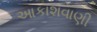
આકાશવાણી